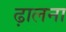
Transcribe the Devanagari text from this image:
ढ़ालना